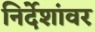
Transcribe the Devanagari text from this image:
निर्देशांवर